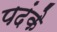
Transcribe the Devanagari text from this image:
पदंके